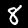
Digit: 8